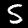
Label: 5